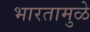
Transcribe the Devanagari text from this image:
भारतामुळे